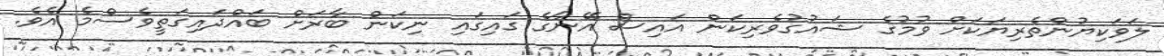
ލަވަކިޔުންތެރިޔަކަށް ވުމުގެ ޝައުގުވެރިކަން އައިސް އޭނާގެ ގައިގައި ނިކަން ބާރަށް ބައްދައިގަތީވެސްމެ އެވެ.